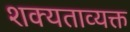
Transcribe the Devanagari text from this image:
शक्यताव्यक्त